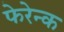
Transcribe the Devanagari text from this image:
फेरेन्क